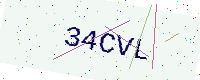
Text: 34CVL